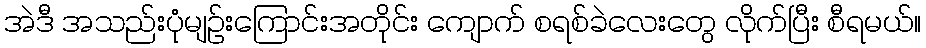
အဲဒီ အသည်းပုံမျဉ်းကြောင်းအတိုင်း ကျောက် စရစ်ခဲလေးတွေ လိုက်ပြီး စီရမယ်။